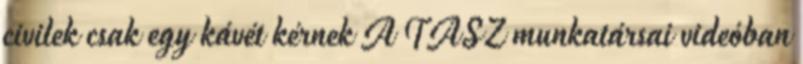
civilek csak egy kávét kérnek A TASZ munkatársai videóban